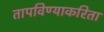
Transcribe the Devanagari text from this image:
तापविण्याकरिता